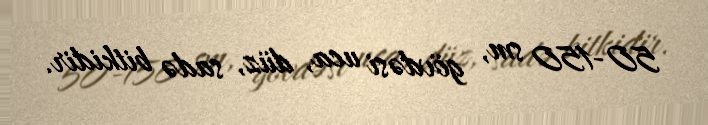
50-150 sm, gövdəsi uca, düz, sadə bitkidir.